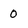
Character: 0